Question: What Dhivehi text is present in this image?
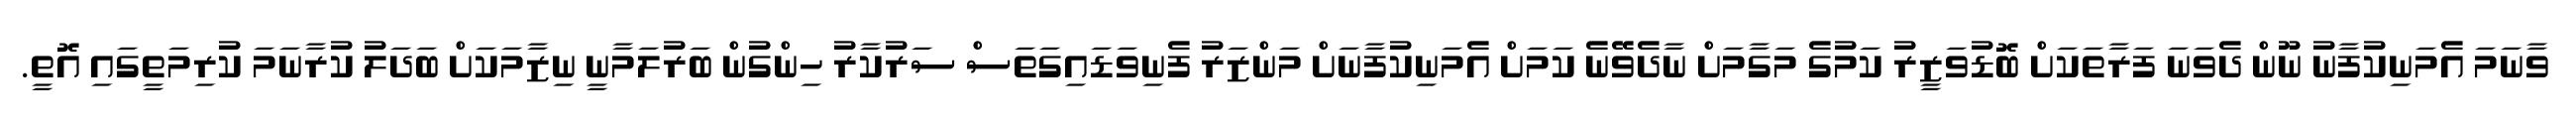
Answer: ވާނަމަ އެމަނިކުފާނު ނޫން ދެވަނަ ފަރާތަކަށް ބޮޑުވަޒީރު ކަމުގެ މަގާމަށް ނާދެވޭނެ ކަމަށް އެމަނިކުފާނަށް މަންޒަރު ފެނިވަޑައިގަތަސް ސަރުކާރު ހިންގުން ބަރުލަމާނީ ނިޒާމަކަށް ބަދަލު ކުރާނަމަ ކުރިމަތީގައި އޮތީ.